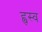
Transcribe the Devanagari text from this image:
ह्वस्व